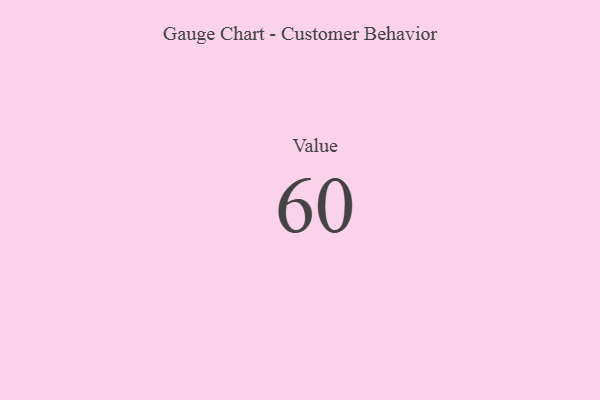
{"axis": {"x": "Metric", "y": "Value"}, "legend": [""], "data": [{"x": "Value", "y": 60, "type": ""}]}